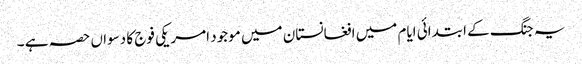
یہ جنگ کے ابتدائی ایام میں افغانستان میں موجود امریکی فوج کا دسواں حصہ ہے ۔